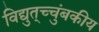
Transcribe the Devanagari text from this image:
विद्युत्‌च्चुंबकीय